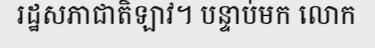
រដ្ឋសភាជាតិឡាវ។ បន្ទាប់មក លោក